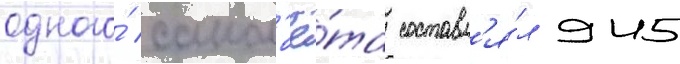
одного́ самол'ё́та составл'я́л 945